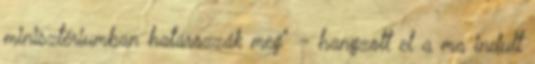
minisztériumban határozzák meg" - hangzott el a ma indult